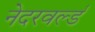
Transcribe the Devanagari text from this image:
नेदरवर्ल्ड